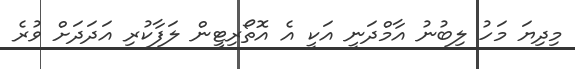
މިދިޔަ މަހު ލިބުނު އާމްދަނީ އަކީ އެ އޮތޯރިޓީން ލަފާކުރި އަދަދަށް ވުރެ